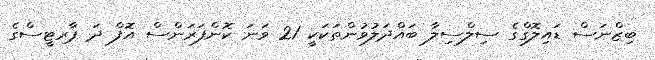
ބިޒްނަސް ޑައިލޮގްގެ ސިލްސިލާ ބައްދަލުވުންތަކަކީ 21 ވަނަ ކޮންފަރަންސް އޮފް ދަ ޕާރޓީސްގެ